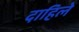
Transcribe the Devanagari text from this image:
दाहिले